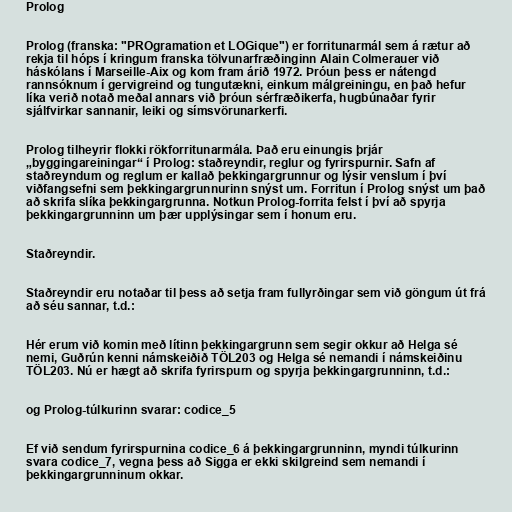
Prolog

Prolog (franska: "PROgramation et LOGique") er forritunarmál sem á rætur að
rekja til hóps í kringum franska tölvunarfræðinginn Alain Colmerauer við
háskólans í Marseille-Aix og kom fram árið 1972. Þróun þess er nátengd
rannsóknum í gervigreind og tungutækni, einkum málgreiningu, en það hefur
líka verið notað meðal annars við þróun sérfræðikerfa, hugbúnaðar fyrir
sjálfvirkar sannanir, leiki og símsvörunarkerfi.

Prolog tilheyrir flokki rökforritunarmála. Það eru einungis þrjár
„byggingareiningar“ í Prolog: staðreyndir, reglur og fyrirspurnir. Safn af
staðreyndum og reglum er kallað þekkingargrunnur og lýsir venslum í því
viðfangsefni sem þekkingargrunnurinn snýst um. Forritun í Prolog snýst um það
að skrifa slíka þekkingargrunna. Notkun Prolog-forrita felst í því að spyrja
þekkingargrunninn um þær upplýsingar sem í honum eru.

Staðreyndir.

Staðreyndir eru notaðar til þess að setja fram fullyrðingar sem við göngum út frá
að séu sannar, t.d.:

Hér erum við komin með lítinn þekkingargrunn sem segir okkur að Helga sé
nemi, Guðrún kenni námskeiðið TÖL203 og Helga sé nemandi í námskeiðinu
TÖL203. Nú er hægt að skrifa fyrirspurn og spyrja þekkingargrunninn, t.d.:

og Prolog-túlkurinn svarar: codice_5

Ef við sendum fyrirspurnina codice_6 á þekkingargrunninn, myndi túlkurinn
svara codice_7, vegna þess að Sigga er ekki skilgreind sem nemandi í
þekkingargrunninum okkar.